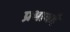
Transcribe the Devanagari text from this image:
प्रभावहै